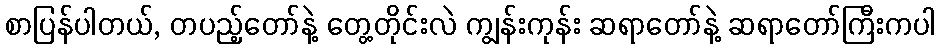
စာပြန်ပါတယ်, တပည့်တော်နဲ့ တွေ့တိုင်းလဲ ကျွန်းကုန်း ဆရာတော်နဲ့ ဆရာတော်ကြီးကပါ